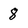
Character: 8